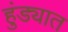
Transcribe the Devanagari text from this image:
हुंड्यात